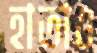
হাতাও